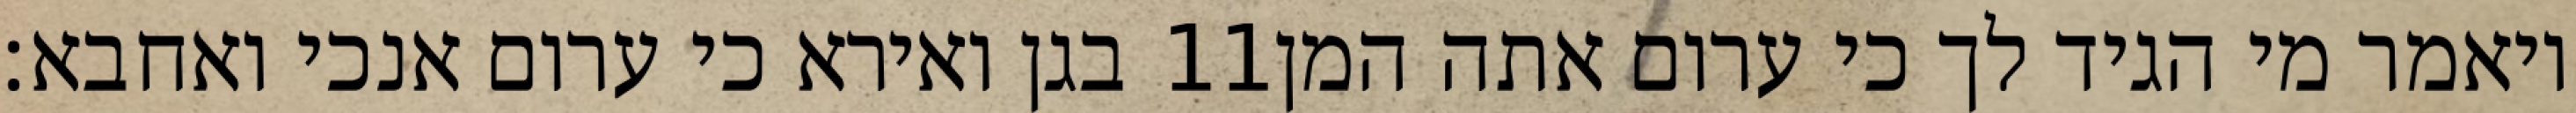
בגן ואירא כי ערום אנכי ואחבא׃ ‎11‏ ויאמר מי הגיד לך כי ערום אתה המן